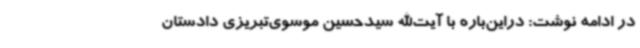
در ادامه نوشت: دراین‌باره با آیت‌الله سیدحسین موسوی‌تبریزی دادستان